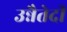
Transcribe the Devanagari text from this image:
उन्नैतेदी